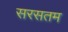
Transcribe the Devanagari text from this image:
सरसतम